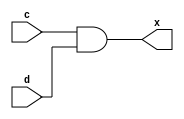
module single (c, d, x);
input c, d;
output x;
assign x = c & d;

endmodule